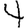
Digit: 4